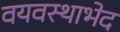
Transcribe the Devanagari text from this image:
वयवस्थाभेद